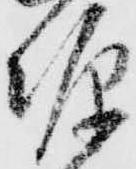
源